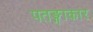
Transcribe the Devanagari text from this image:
पतङ्गाकार